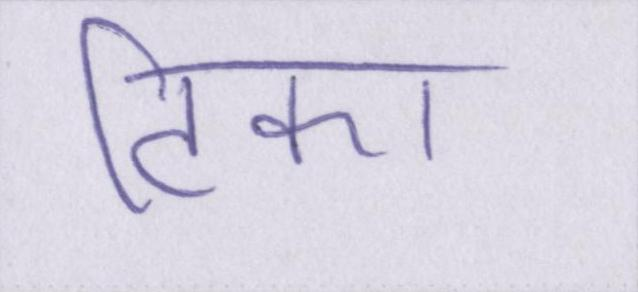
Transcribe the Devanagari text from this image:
टिका